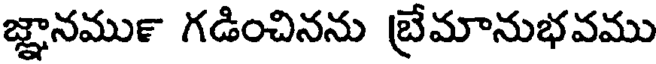
జ్ఞానము౯ గడించినను బ్రేమానుభవము